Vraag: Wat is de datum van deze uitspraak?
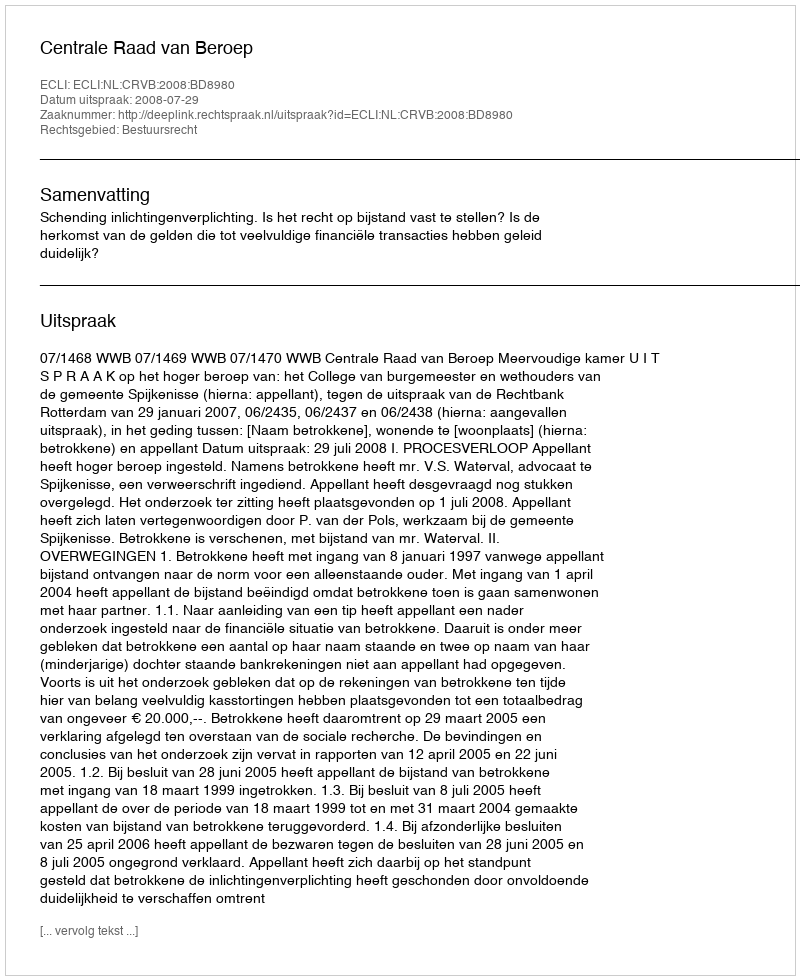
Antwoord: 2008-07-29